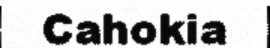
Cahokia